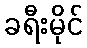
ခရီးမိုင်